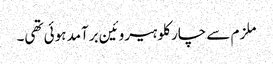
ملزم سے چار کلو ہیروئین برآمد ہوئی تھی۔